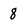
Character: 8